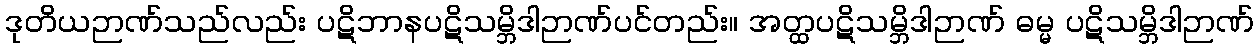
ဒုတိယဉာဏ်သည်လည်း ပဋိဘာနပဋိသမ္ဘိဒါဉာဏ်ပင်တည်း။ အတ္ထပဋိသမ္ဘိဒါဉာဏ် ဓမ္မ ပဋိသမ္ဘိဒါဉာဏ်